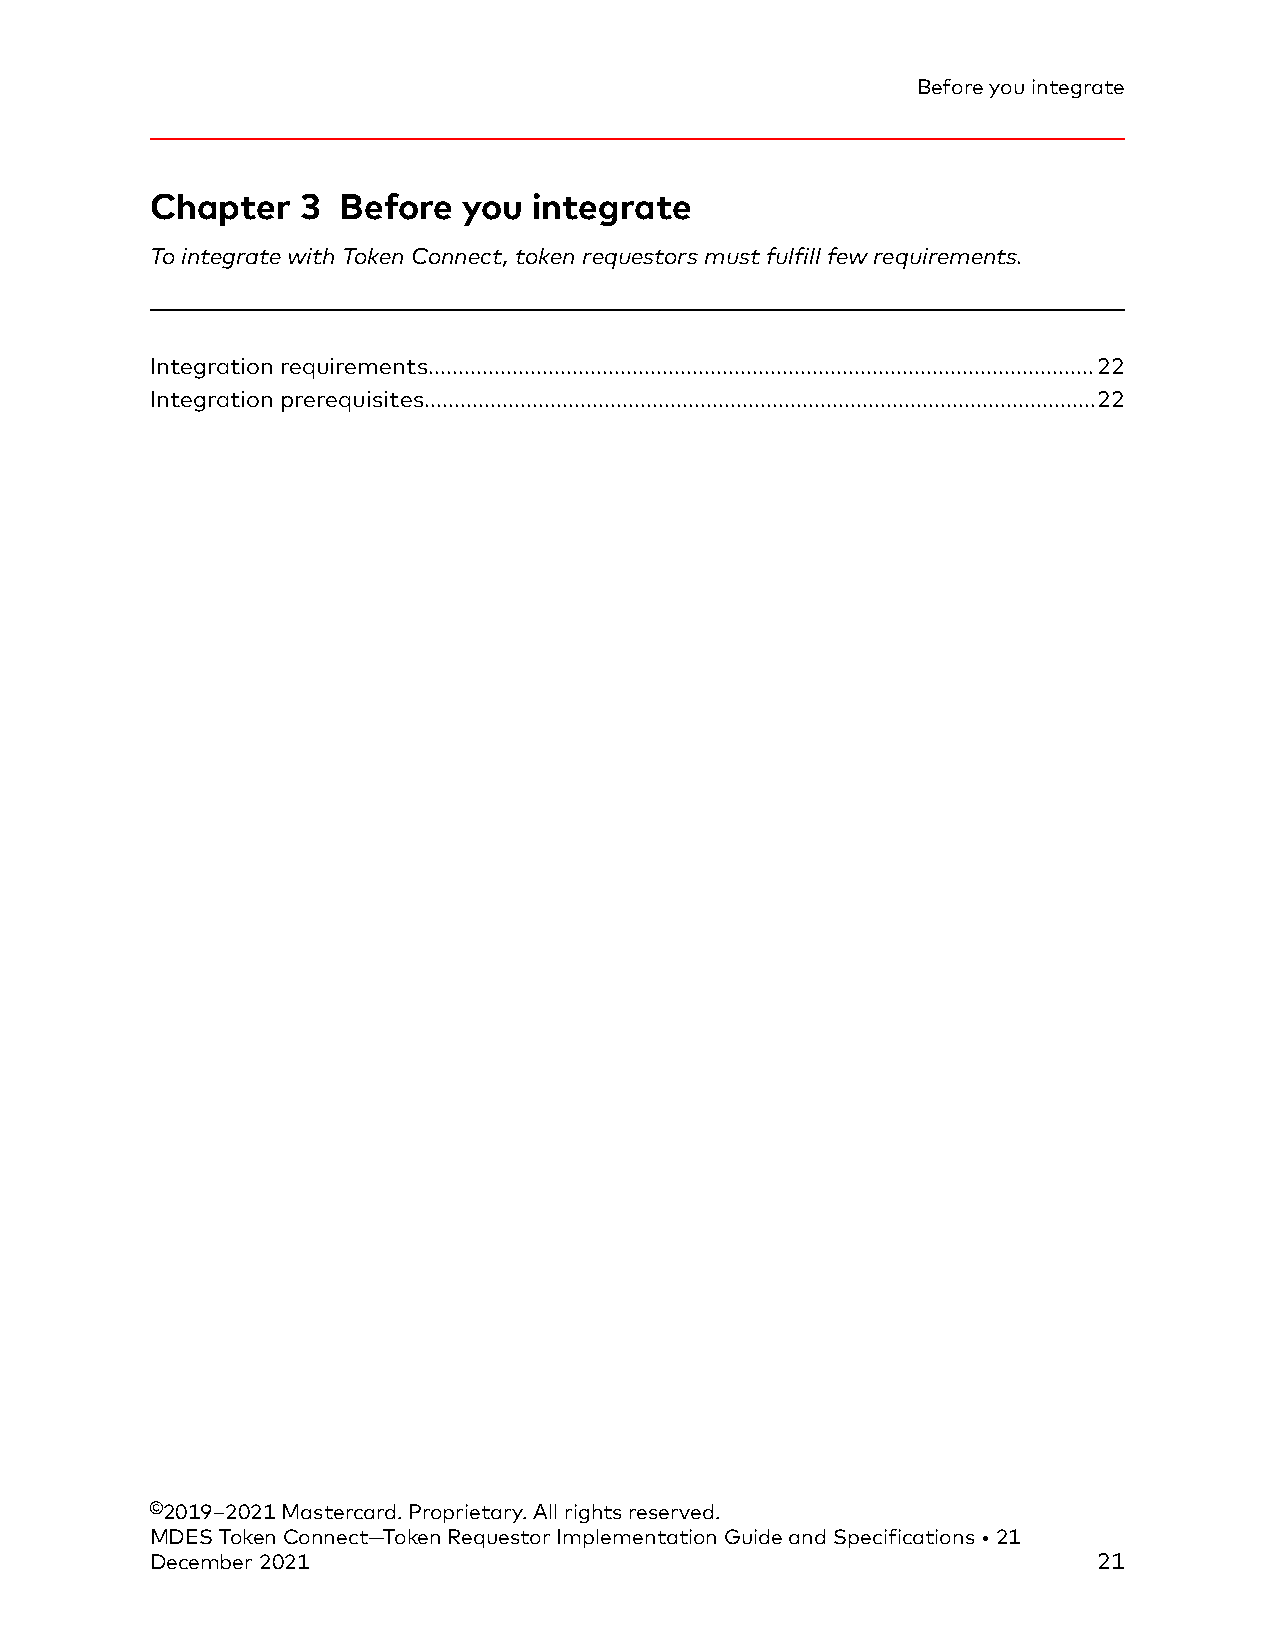
Before you integrate
 Chapter   3 Before   you integrate
 To integrate with Token Connect, token requestors must fulfill few requirements.
 Integration requirements...............................................................................................................22
 Integration prerequisites................................................................................................................22
 ©2019–2021 Mastercard. Proprietary. All rights reserved.
 MDES Token Connect—Token Requestor Implementation Guide and Specifications • 21
 December 2021                                                  21